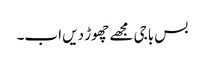
بس باجی مجھے چھوڑ دیں اب۔